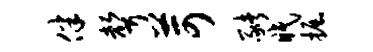
伴声苛猪眠掘